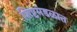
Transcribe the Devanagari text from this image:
शिष्टमंडळात